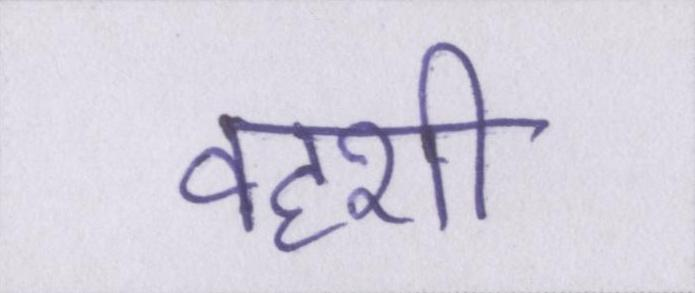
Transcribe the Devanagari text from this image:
वहशी